Papers set at the Examination for Leaving Certificates, 1889
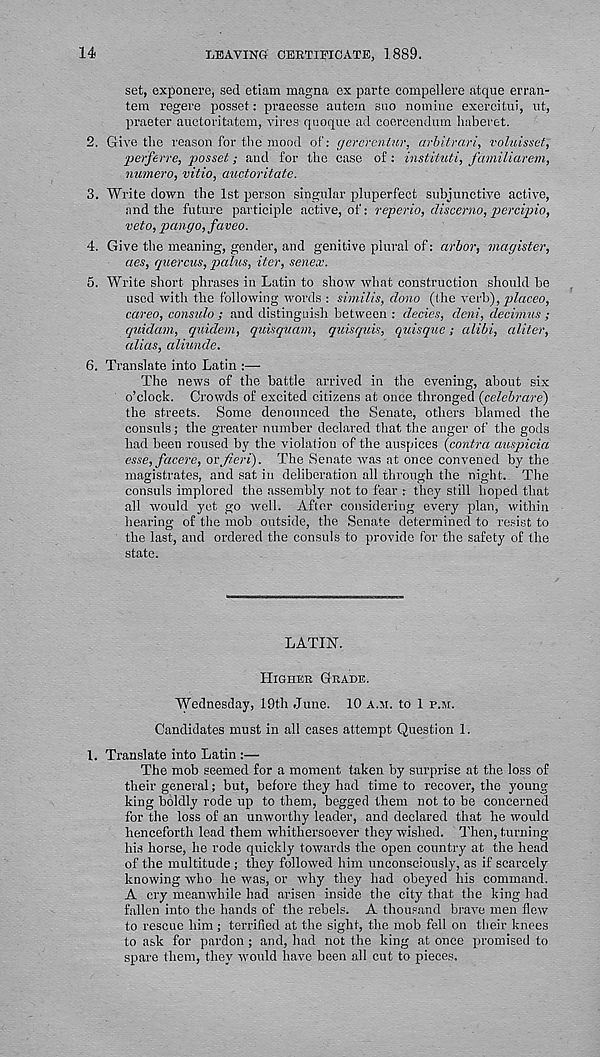
14
LEAVING CERTIFICATE, 1889.
set, exponere, sed etiam magna ex parte compellere atque erran-
tem regere posset: praeesse autem suo nomine exercitui, ut,
praeter auctoritatem, vires quoque ad coercendum liaberet.
2. Give the reason for the mood of: gercrentur, arbitrari, vohiisset,
perferre, posset; and for the case of: instituti, familiarem,
numero, vitio, auctoritate.
3. Write down the 1st person singular pluperfect subjunctive active,
and the future participle active, of: reperio, discerno, percipio,
veto, pango,faveo.
4. Give the meaning, gender, and genitive plural of: arbor, magister,
aes, quercus, palus, iter, senex.
5. Write short phrases in Latin to show what construction should be
used with the following words : similis, dono (the verb), placeo,
careo, consulo ; and distinguish between : decies, deni, decimus ;
quidam, quidem, quisquam, quisquis, quisque; alibi, aliter,
alias, aliunde.
6. Translate into Latin :—
The news of the battle arrived in the evening, about six
o’clock. Crowds of excited citizens at once thronged (celebrare)
the streets. Some denounced the Senate, others blamed the
consuls; the greater number declared that the anger of the gods
had been roused by the violation of the auspices (contra auspicia
esse, facere, or fieri). The Senate was at once convened by the
magistrates, and sat in deliberation all through the night. The
consuls implored the assembly not to fear : they still hoped that
all would yet go well. After considering every plan, within
hearing of the mob outside, the Senate determined to resist to
the last, and ordered the consuls to provide for the safety of the
state.
LATIN.
HIGHER GRADE.
Wednesday, 19th June. 10 A.M. to 1 F.M.
Candidates must in all cases attempt Question 1.
1. Translate into Latin :—
The mob seemed for a moment taken by surprise at the loss of
their general; but, before they had time to recover, the young
king boldly rode up to them, begged them not to be concerned
for the loss of an unworthy leader, and declared that he would
henceforth lead them whithersoever they wished. Then, turning
his horse, he rode quickly towards the open country at the head
of the multitude ; they followed him unconsciously, as if scarcely
knowing who he was, or -why they had obeyed his command.
A cry meanwhile had arisen inside the city that the king had
fallen into the hands of the rebels. A thousand brave men flew
to rescue him ; terrified at the sight, the mob fell on their knees
to ask for pardon ; and, had not the king at once promised to
spare them, they would have been all cut to pieces.